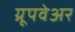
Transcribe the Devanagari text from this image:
ग्रूपवेअर